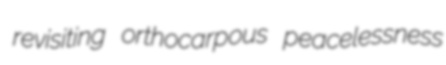
revisiting orthocarpous peacelessness